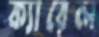
ক্যারেল